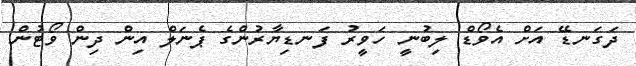
ދަގަނޑޭ އަށް އެވޯޑް ލިބުނީ ހަވީރު ފަނޑިޔާރުންގެ ޕެނަލް އިން ދިން ވޯޓުން